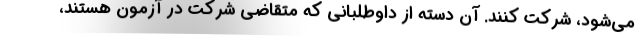
می‌شود، شرکت کنند. آن دسته از داوطلبانی که متقاضی شرکت در آزمون هستند،